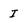
Character: I